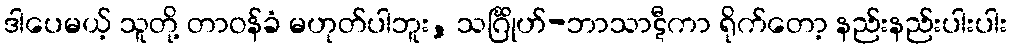
ဒါပေမယ့် သူတို့ တာဝန်ခံ မဟုတ်ပါဘူး, သင်္ဂြိုဟ်-ဘာသာဋီကာ ရိုက်တော့ နည်းနည်းပါးပါး